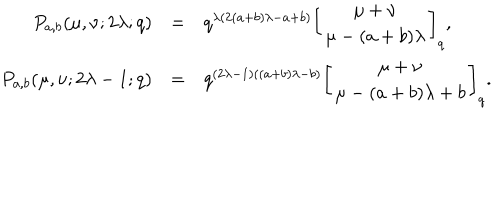
\begin{array} { r c l } { { P _ { a , b } ( \mu , \nu ; 2 \lambda ; q ) } } & { { = } } & { { q ^ { \lambda ( 2 ( a + b ) \lambda - a + b ) } \displaystyle \left[ \begin{array} { c } { { \mu + \nu } } \\ { { \mu - ( a + b ) \lambda } } \\ \end{array} \right] _ { q } , } } \\ { { P _ { a , b } ( \mu , \nu ; 2 \lambda - 1 ; q ) } } & { { = } } & { { q ^ { ( 2 \lambda - 1 ) ( ( a + b ) \lambda - b ) } \displaystyle \left[ \begin{array} { c } { { \mu + \nu } } \\ { { \mu - ( a + b ) \lambda + b } } \\ \end{array} \right] _ { q } . } } \\ \end{array}